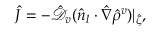
\hat { J } = - \mathcal { \hat { D } } _ { v } ( \boldsymbol { \hat { n } _ { l } } \cdot \hat { \nabla } \hat { \rho } ^ { v } ) | _ { \hat { \zeta } } ,